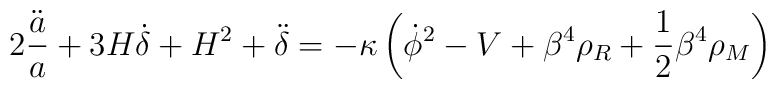
2\frac{\ddot{a}}{a}+3H\dot{\delta}+H^2+\ddot{\delta}=- \kappa \left(\dot{\phi}^2 -V +\beta^4 \rho_R +{1\over 2} \beta^4 \rho_M \right)